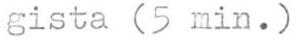
gista (5 min.)